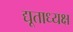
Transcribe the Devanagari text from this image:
द्यूताध्यक्ष